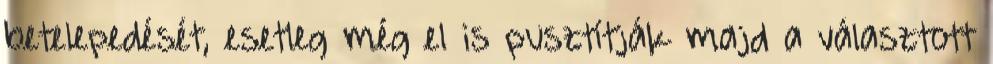
betelepedését, esetleg még el is pusztítják majd a választott